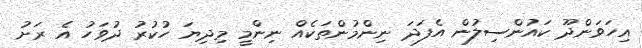
އިހަވަންދޫ ކައުންސިލުން އެފަދަ ނިންމުންތަކެއް ނިންމީ މިދިޔަ ހުކުރު ދުވަހު އެ ރަށު